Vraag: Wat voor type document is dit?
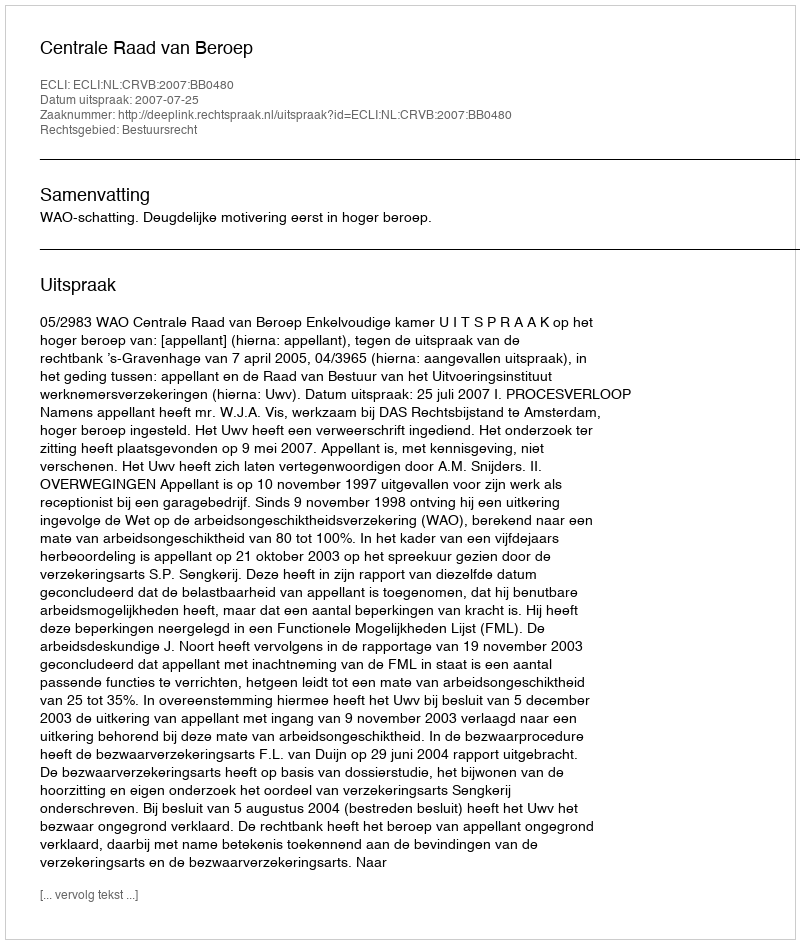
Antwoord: Uitspraak